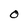
Character: O